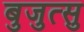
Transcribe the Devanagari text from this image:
बुजुत्सु